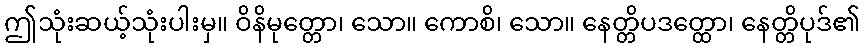
ဤသုံးဆယ့်သုံးပါးမှ။ ဝိနိမုတ္တော၊ သော။ ကောစိ၊ သော။ နေတ္တိပဒတ္ထော၊ နေတ္တိပုဒ်၏